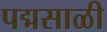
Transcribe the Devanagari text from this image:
पद्मसाळी